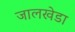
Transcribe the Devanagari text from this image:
जालखेडा